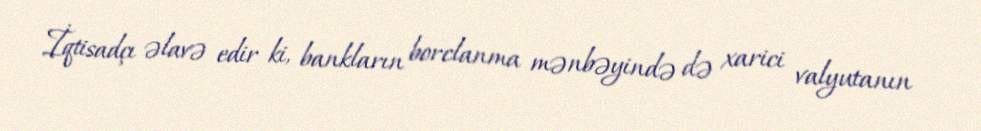
İqtisadçı əlavə edir ki, bankların borclanma mənbəyində də xarici valyutanın